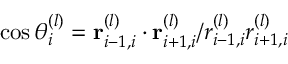
\cos \theta _ { i } ^ { ( l ) } = { \bf r } _ { i - 1 , i } ^ { ( l ) } \cdot { \bf r } _ { i + 1 , i } ^ { ( l ) } / r _ { i - 1 , i } ^ { ( l ) } r _ { i + 1 , i } ^ { ( l ) }